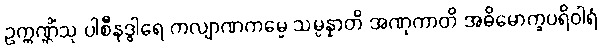
ဥက္ကဏ္ဌိံသု ပါစီနဒွါရေ ကလျာဏကမ္မေ သမ္ပန္နာတိ အဏုကာတိ အဓိမောက္ခပရိဝါရံ